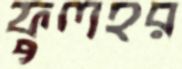
ফুলহর